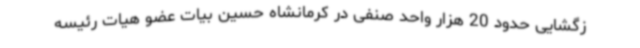
زگشایی حدود 20 هزار واحد صنفی در کرمانشاه حسین بیات عضو هیات رئیسه